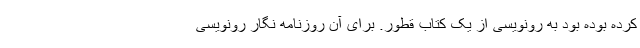
کرده بوده بود به رونویسی از یک کتاب قطور. برای آن روزنامه نگار رونویسی